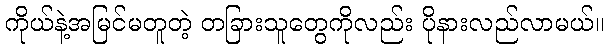
ကိုယ်နဲ့အမြင်မတူတဲ့ တခြားသူတွေကိုလည်း ပိုနားလည်လာမယ်။